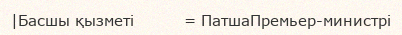
|Басшы қызметі          = ПатшаПремьер-министрі